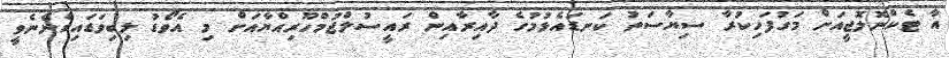
އާ ޓެކްނޮލޮޖީއަށް މަގުފަހިކުރާ ސިޔާސަތު ކަނޑައެޅުމުގެ ދާއިރާއިން ރައީސުލްޖުމްހޫރިއްޔާއަށް މި އެވޯޑު ލިބިވަޑައިގެންނެވީ